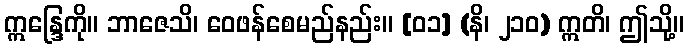
ဣန္ဒြေကို။ ဘာဇေသိ၊ ဝေဖန်စေမည်နည်း။ [၀၁] (နိ၊ ၂၁၀) ဣတိ၊ ဤသို့။